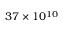
3 7 \times 1 0 ^ { 1 0 }